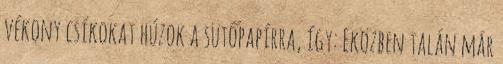
vékony csíkokat húzok a sütőpapírra, így: Eközben talán már